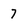
Character: 7